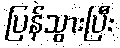
ပြန်သွားပြီး